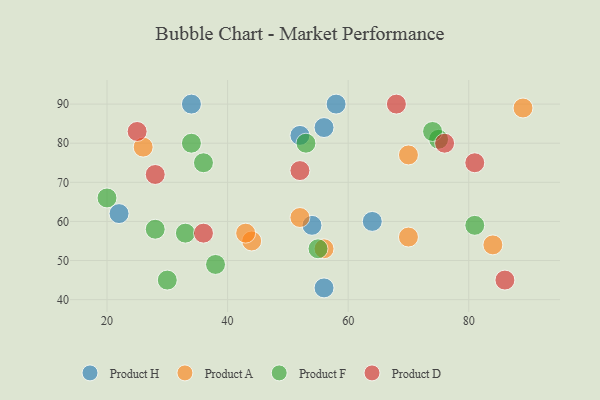
{"axis": {"x": "GDP", "y": "Life Expectancy"}, "legend": ["Product A", "Product D", "Product F", "Product H"], "data": [{"x": "54", "y": 59, "type": "Product H"}, {"x": "52", "y": 82, "type": "Product H"}, {"x": "22", "y": 62, "type": "Product H"}, {"x": "56", "y": 84, "type": "Product H"}, {"x": "58", "y": 90, "type": "Product H"}, {"x": "56", "y": 43, "type": "Product H"}, {"x": "64", "y": 60, "type": "Product H"}, {"x": "34", "y": 90, "type": "Product H"}, {"x": "44", "y": 55, "type": "Product A"}, {"x": "26", "y": 79, "type": "Product A"}, {"x": "84", "y": 54, "type": "Product A"}, {"x": "70", "y": 56, "type": "Product A"}, {"x": "70", "y": 77, "type": "Product A"}, {"x": "52", "y": 61, "type": "Product A"}, {"x": "43", "y": 57, "type": "Product A"}, {"x": "89", "y": 89, "type": "Product A"}, {"x": "56", "y": 53, "type": "Product A"}, {"x": "33", "y": 57, "type": "Product F"}, {"x": "20", "y": 66, "type": "Product F"}, {"x": "75", "y": 81, "type": "Product F"}, {"x": "55", "y": 53, "type": "Product F"}, {"x": "28", "y": 58, "type": "Product F"}, {"x": "74", "y": 83, "type": "Product F"}, {"x": "34", "y": 80, "type": "Product F"}, {"x": "81", "y": 59, "type": "Product F"}, {"x": "36", "y": 75, "type": "Product F"}, {"x": "30", "y": 45, "type": "Product F"}, {"x": "53", "y": 80, "type": "Product F"}, {"x": "38", "y": 49, "type": "Product F"}, {"x": "52", "y": 73, "type": "Product D"}, {"x": "25", "y": 83, "type": "Product D"}, {"x": "68", "y": 90, "type": "Product D"}, {"x": "36", "y": 57, "type": "Product D"}, {"x": "86", "y": 45, "type": "Product D"}, {"x": "28", "y": 72, "type": "Product D"}, {"x": "81", "y": 75, "type": "Product D"}, {"x": "76", "y": 80, "type": "Product D"}]}